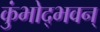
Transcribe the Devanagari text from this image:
कुंभोद्भवन्